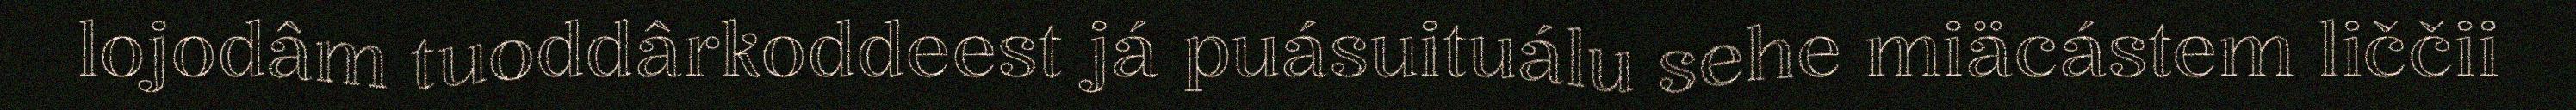
lojodâm tuoddârkoddeest já puásuituálu sehe miäcástem liččii